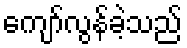
ကျော်လွန်ခဲ့သည်